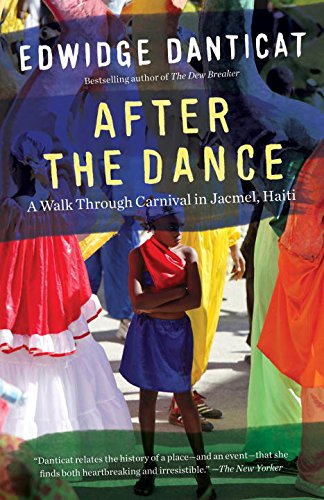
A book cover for After the Dance: A Walk Through Carnival in Jacmel, Haiti (Updated) (Vintage Departures); Edwidge Danticat; Travel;